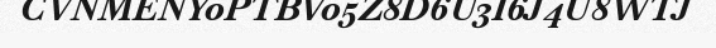
CVNMENY0PTBV05Z8D6U3I6J4U8WTJ